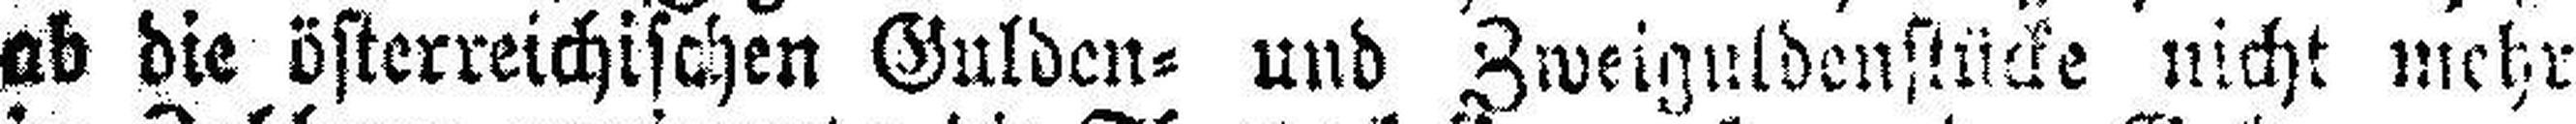
ab die österreichischen Gulden= und Zweiguldenstücke nicht mehr